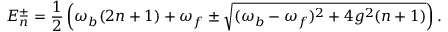
E _ { n } ^ { \pm } = \frac { 1 } { 2 } \left( \omega _ { b } ( 2 n + 1 ) + \omega _ { f } \pm \sqrt { ( \omega _ { b } - \omega _ { f } ) ^ { 2 } + 4 g ^ { 2 } ( n + 1 ) } \right) .